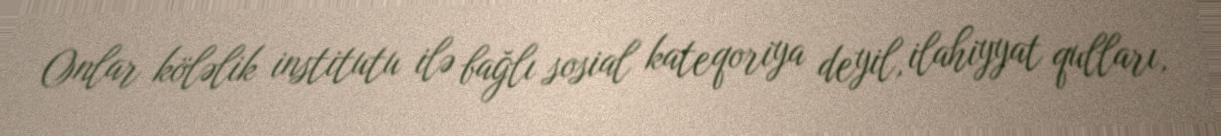
Onlar köləlik institutu ilə bağlı sosial kateqoriya deyil, ilahiyyat qulları,